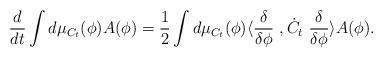
LaTeX: \begin{align*}\frac{d}{dt} \int d\mu_{C_t} (\phi ) A(\phi ) = \frac{1}{2} \int d\mu_{C_t} (\phi ) \langle \frac{\delta }{\delta \phi }\ , \dot C_t \ \frac{\delta }{\delta \phi } \rangle A(\phi ).\end{align*}